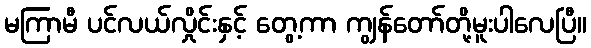
မကြာမီ ပင်လယ်လှိုင်းနှင့် တွေ့ကာ ကျွန်တော်တို့မူးပါလေပြီ။